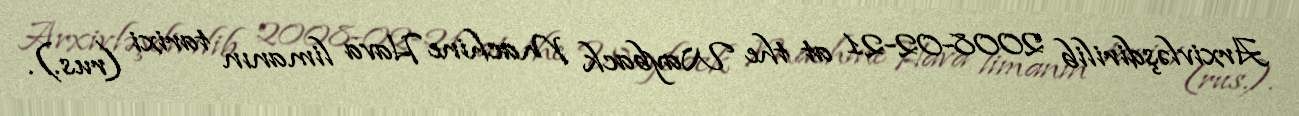
Arxivləşdirilib 2008-02-21 at the Wayback Machine Hava limanın tarixi (rus.).